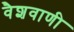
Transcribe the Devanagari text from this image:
वैशवाणी